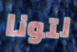
لتونا